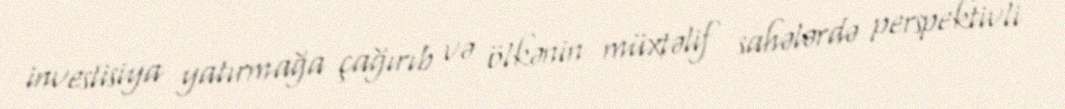
investisiya yatırmağa çağırıb və ölkənin müxtəlif sahələrdə perspektivli